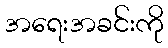
အရေးအခင်းကို